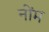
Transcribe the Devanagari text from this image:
नोंम